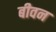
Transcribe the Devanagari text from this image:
बीवन